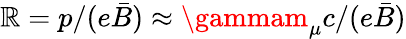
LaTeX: \mathbb{R}=p/(e\bar{{B}})\approx\gammam_{\mu}c/(e\bar{{B}})